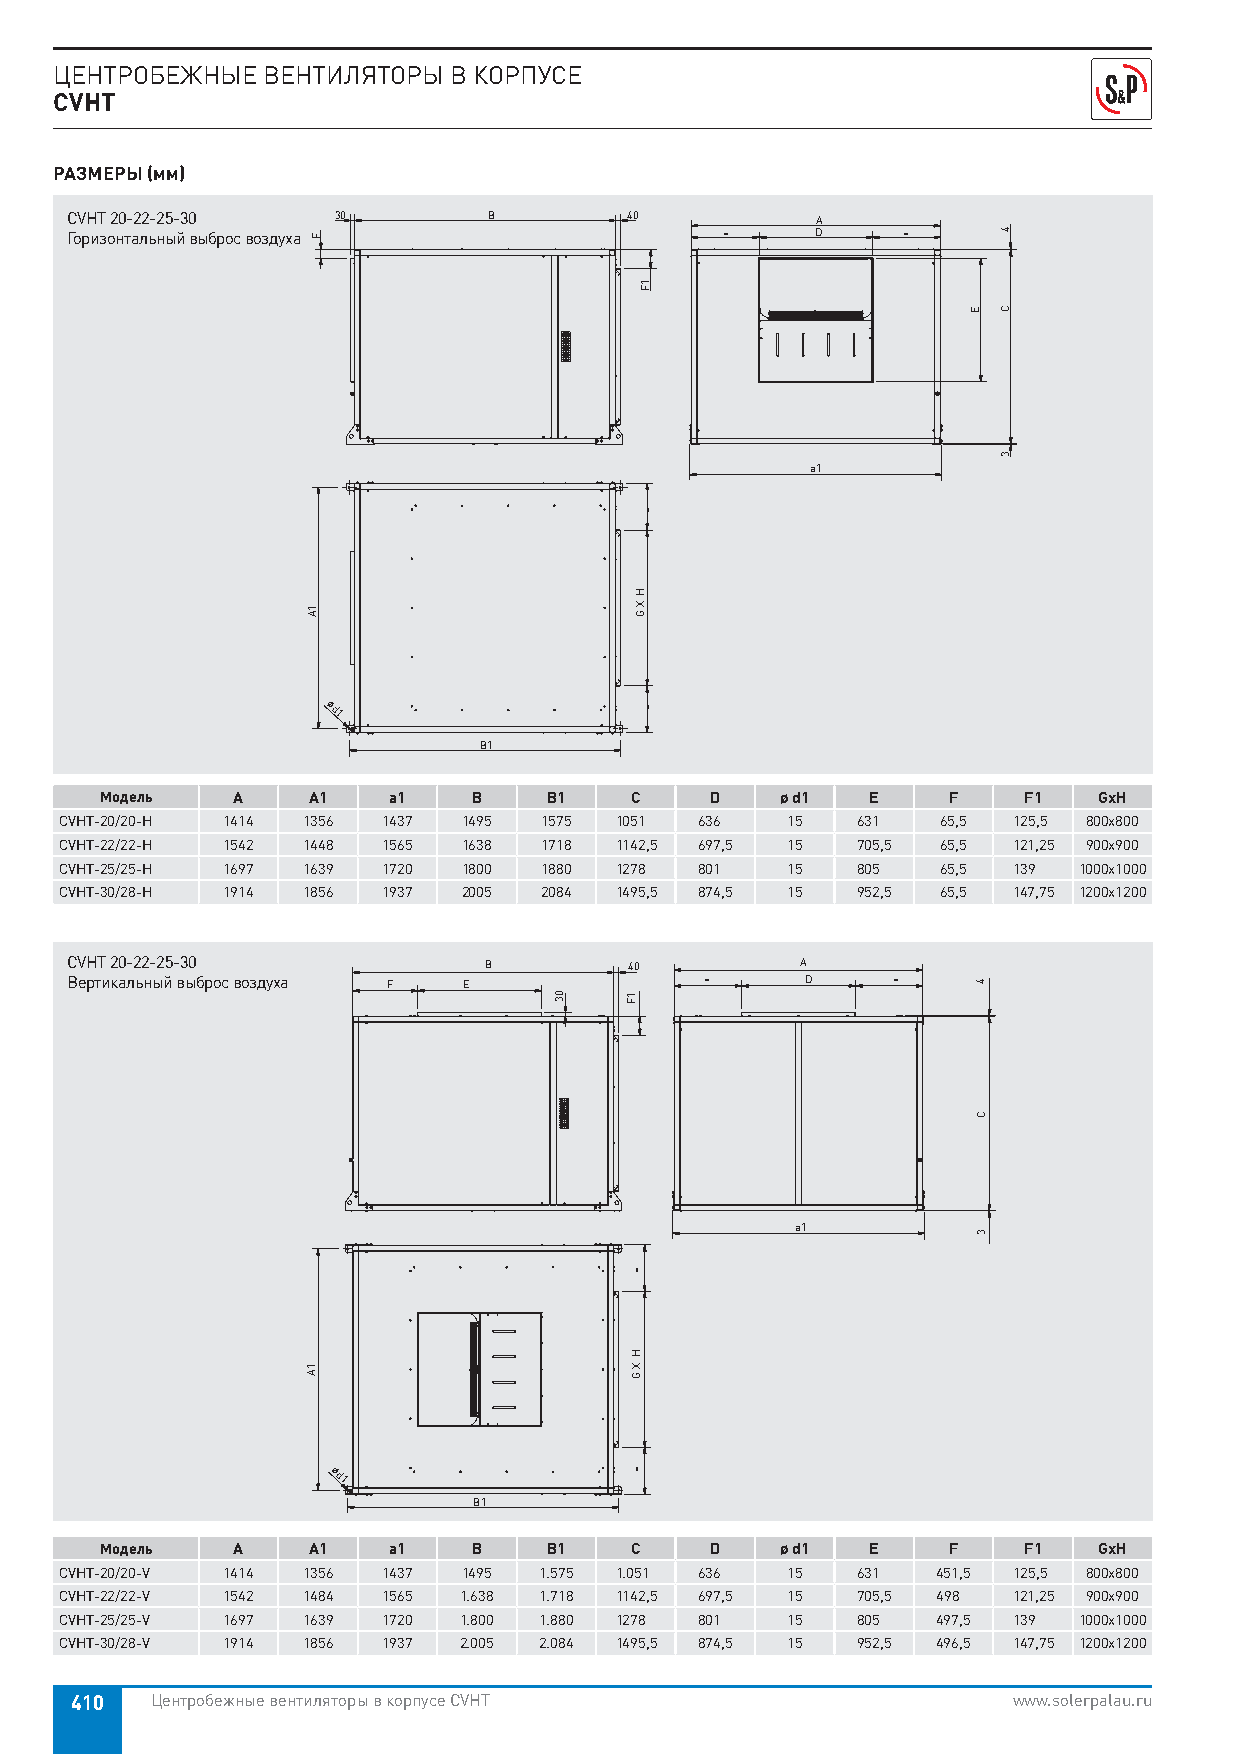
ЦЕНТРОБЕЖНЫЕ ВЕНТИЛЯТОРЫ  В КОРПУСЕ
 CVHT
 РАЗМЕРЫ (мм)
 CVHT 20-22-25-30  30        B        40           A
 Горизонтальный выброс воздуха               =     D     =
 a1
 d1
 B1
 Модель  A    A1    a1   B    B1    C    D    ø d1  E    F    F1   GxH
 CVHT-20/20-H 1414 1356 1437 1495 1575 1051 636  15   631  65,5 125,5 800x800
 CVHT-22/22-H 1542 1448 1565 1638 1718 1142,5 697,5 15 705,5 65,5 121,25 900x900
 CVHT-25/25-H 1697 1639 1720 1800 1880 1278 801  15   805  65,5 139 1000x1000
 CVHT-30/28-H 1914 1856 1937 2005 2084 1495,5 874,5 15 952,5 65,5 147,75 1200x1200
 CVHT 20-22-25-30            B         40         A
 Вертикальный выброс воздуха F E            =     D     =
 a1
 d1
 B1
 Модель  A    A1    a1   B    B1    C    D    ø d1  E    F    F1   GxH
 CVHT-20/20-V 1414 1356 1437 1495 1.575 1.051 636 15  631  451,5 125,5 800x800
 CVHT-22/22-V 1542 1484 1565 1.638 1.718 1142,5 697,5 15 705,5 498 121,25 900x900
 CVHT-25/25-V 1697 1639 1720 1.800 1.880 1278 801 15  805  497,5 139 1000x1000
 CVHT-30/28-V 1914 1856 1937 2.005 2.084 1495,5 874,5 15 952,5 496,5 147,75 1200x1200
 410  Центробежные вентиляторы в корпусе CVHT                  www.solerpalau.ru
 F
 1A
 1A
 03
 1F
 =
 H
 X G
 =
 1F
 =
 H
 X
 G
 =
 E
 4
 C
 3
 4
 C
 3